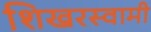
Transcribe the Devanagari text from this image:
शिखरस्वामी